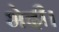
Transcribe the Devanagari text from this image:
भेदी।